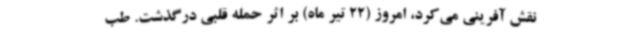
نقش آفرینی می‌کرد، امروز (22 تیر ماه) بر اثر حمله قلبی درگذشت. طب